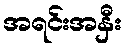
အရင်းအနှီး